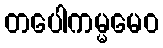
တပေါကမ္မမေဝ